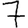
Digit: 7